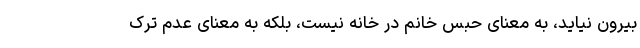
بیرون نیاید، به معنای حبس خانم در خانه نیست، بلکه به معنای عدم ترک